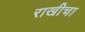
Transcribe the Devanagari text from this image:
राखीचा